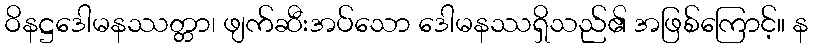
ဝိနဋ္ဌဒေါမနဿတ္တာ၊ ဖျက်ဆီးအပ်သော ဒေါမနဿရှိသည်၏ အဖြစ်ကြောင့်။ န